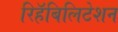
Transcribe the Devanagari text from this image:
रिहॅबिलिटेशन